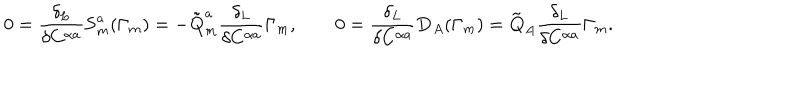
0 = \frac { \delta _ { L } } { \delta C ^ { \alpha a } } \mathbf { S } _ { m } ^ { a } ( \Gamma _ { m } ) = - \mathbf { \tilde { Q } } _ { m } ^ { a } \frac { \delta _ { L } } { \delta C ^ { \alpha a } } \Gamma _ { m } , \qquad 0 = \frac { \delta _ { L } } { \delta C ^ { \alpha a } } \mathbf { D } _ { A } ( \Gamma _ { m } ) = \mathbf { \tilde { Q } } _ { A } \frac { \delta _ { L } } { \delta C ^ { \alpha a } } \Gamma _ { m } .